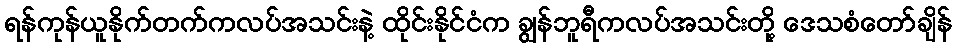
ရန်ကုန်ယူနိုက်တက်ကလပ်အသင်းနဲ့ ထိုင်းနိုင်ငံက ချွန်ဘူရီကလပ်အသင်းတို့ ဒေသစံတော်ချိန်